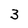
Character: 3